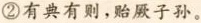
②有典有则，贻厥子孙。